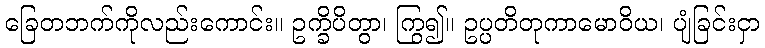
ခြေတဘက်ကိုလည်းကောင်း။ ဥက္ခိပိတွာ၊ ကြွ၍။ ဥပ္ပတိတုကာမောဝိယ၊ ပျံခြင်းငှာ